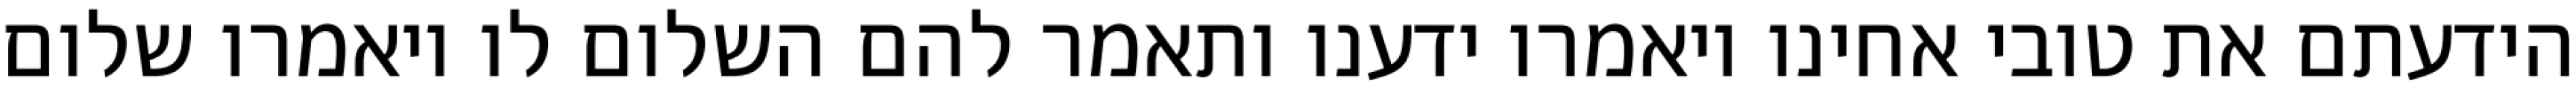
הידעתם את טובי אחינו ויאמרו ידענו ותאמר להם השלום לו ויאמרו שלום